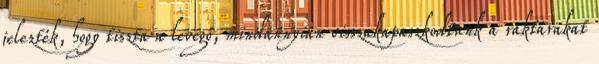
jelezték, hogy tiszta a levegő, mindannyian visszakapaszkodtunk a raktárakat